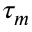
\tau _ { m }